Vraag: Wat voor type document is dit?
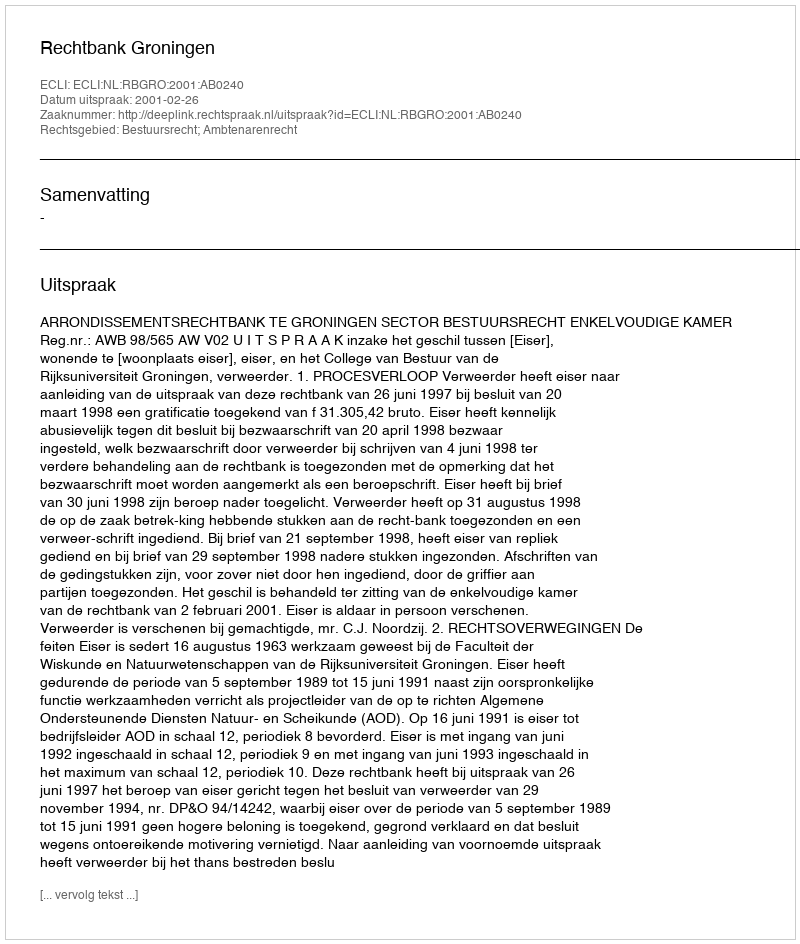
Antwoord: Uitspraak